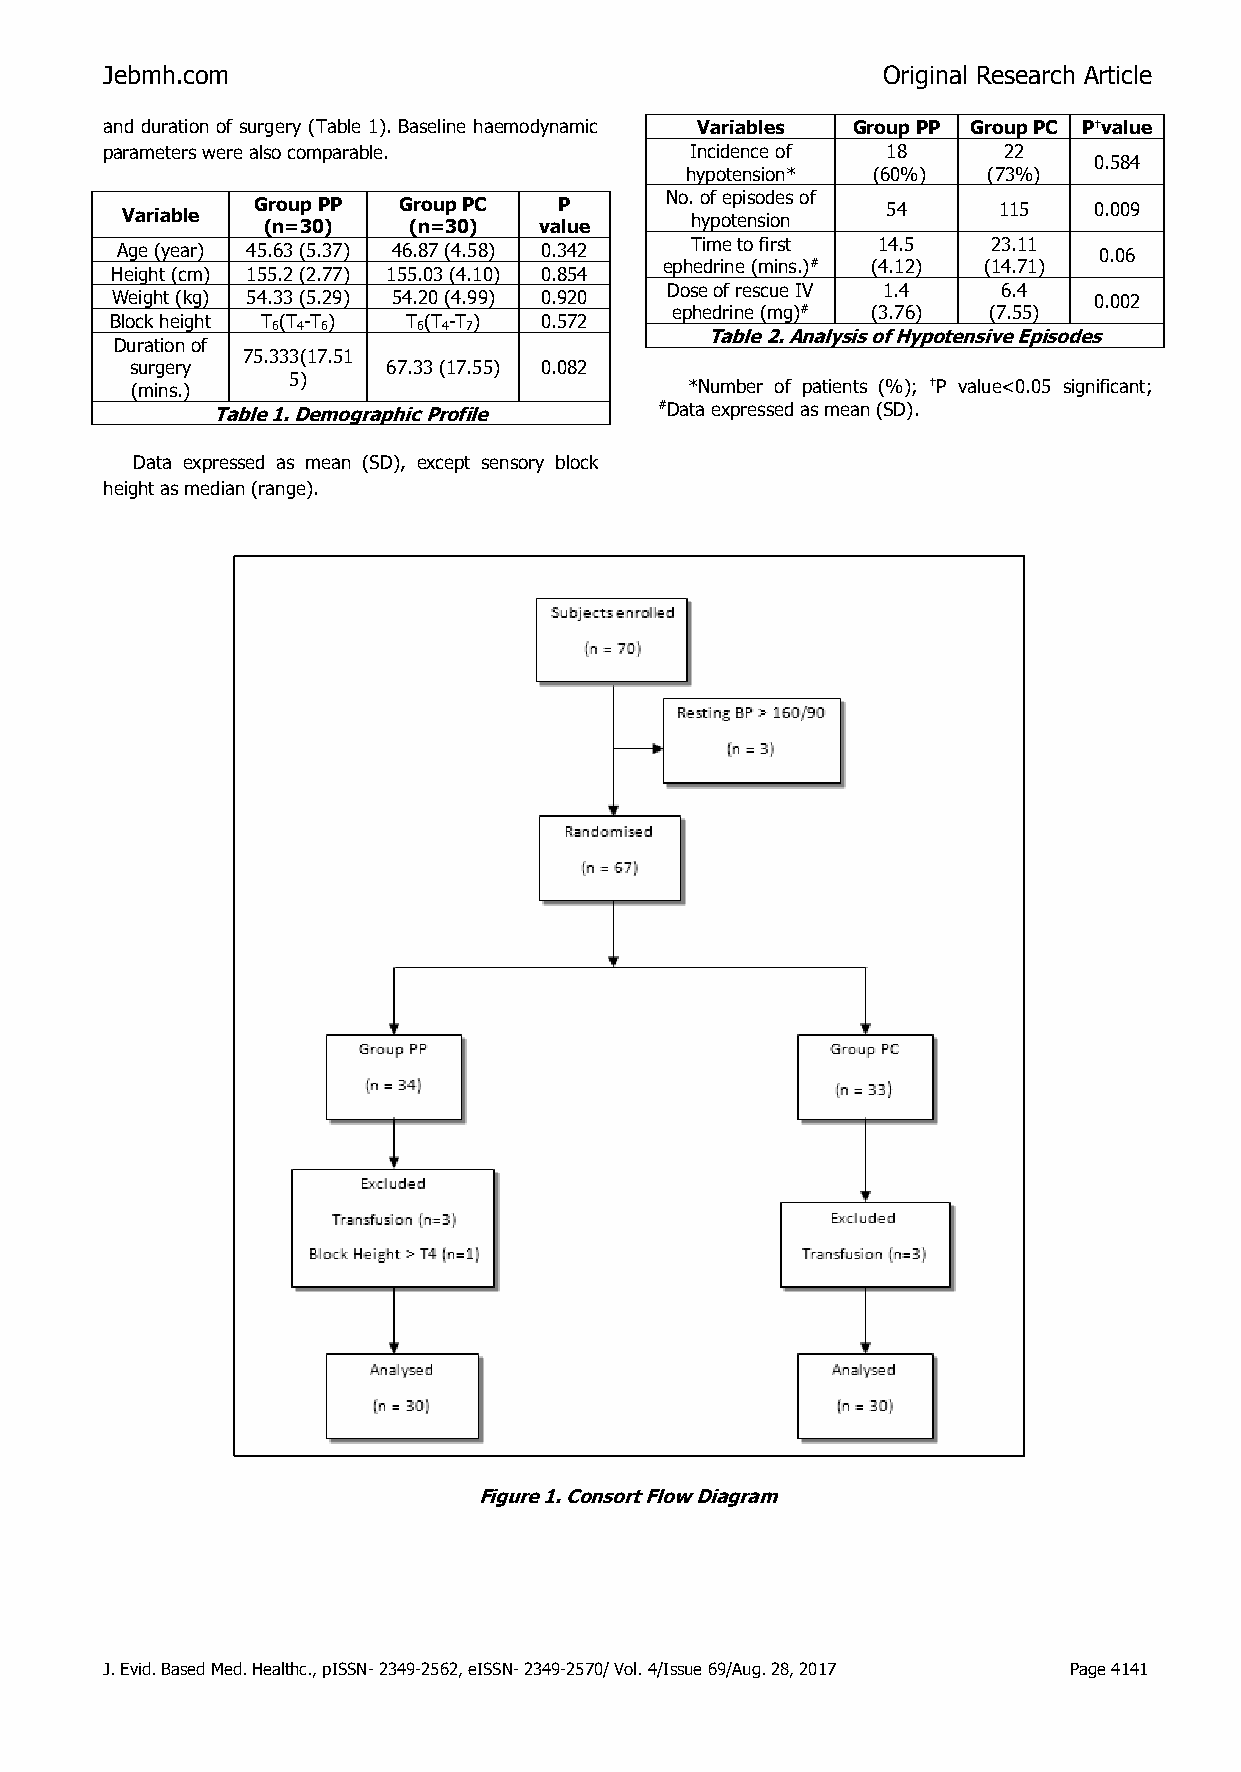
Jebmh.com                                          Original Research Article
 and duration of surgery (Table 1). Baseline haemodynamic Variables Group PP Group PC Pvalue
 parameters were also comparable.       Incidence of 18     22
 0.584
 hypotension* (60%)  (73%)
 No. of episodes of
 Variable Group PP Group PC   P        hypotension  54     115   0.009
 (n=30)    (n=30)   value
 Age (year) 45.63 (5.37) 46.87 (4.58) 0.342 Time to first 14.5 23.11 0.06
 ephedrine (mins.)# (4.12) (14.71)
 Height (cm) 155.2 (2.77) 155.03 (4.10) 0.854
 Dose of rescue IV 1.4 6.4
 Weight (kg) 54.33 (5.29) 54.20 (4.99) 0.920                      0.002
 ephedrine (mg)# (3.76) (7.55)
 Block height T (T -T ) T (T -T ) 0.572
 6 4 6     6 4 7
 Table 2. Analysis of Hypotensive Episodes
 Duration of
 75.333(17.51
 surgery          67.33 (17.55) 0.082
 5)
 (mins.)                             *Number of patients (%); P value<0.05 significant;
 Table 1. Demographic Profile  #Data expressed as mean (SD).
 Data expressed as mean (SD), except sensory block
 height as median (range).
 Figure 1. Consort Flow Diagram
 J. Evid. Based Med. Healthc., pISSN- 2349-2562, eISSN- 2349-2570/ Vol. 4/Issue 69/Aug. 28, 2017 Page 4141